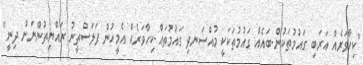
"ކިހާވަރެއް އަރަބި ގައުމުތަކުން-ބައެއް ގައުމުތަކަކީ މުއްސަނދި ގައުމުތައް-ކިހާވަރެއް އެމީހުން ފަލަސްތީނު ރައްޔިތުންނަށް ދިނީ"